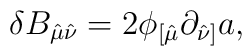
\delta B_{\hat\mu \hat\nu} = 2 \phi_{[\hat\mu} \partial_{\hat\nu]} a,